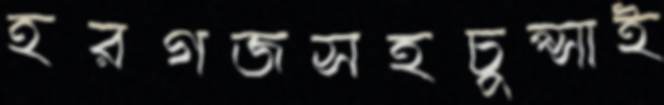
হরগজসহচুপ্‌সাই